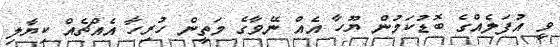
ވީ އުފަލެއްގެ ބޮޑުކަމުން ޔޫހާ އެއް ނޭވާގެ މަތީން ހުރިހާ އެއްޗެއް ކިޔާލި